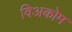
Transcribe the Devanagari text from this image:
विअकोम